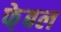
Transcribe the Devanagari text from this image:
फे़बल